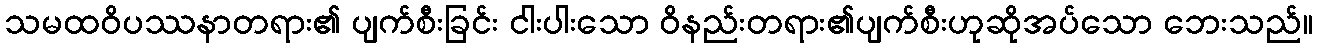
သမထဝိပဿနာတရား၏ ပျက်စီးခြင်း ငါးပါးသော ဝိနည်းတရား၏ပျက်စီးဟုဆိုအပ်သော ဘေးသည်။